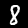
Digit: 8